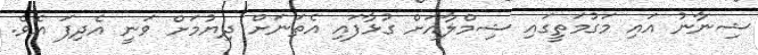
ޝިނާނު އައި މަގުމަތީގައި ޝިމްލާއަށް ގުޅާފައި އެތަނަށް ދިޔުމަށް ވަނީ އެދިފަ އެވެ.